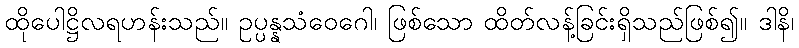
ထိုပေါဋ္ဌိလရဟန်းသည်။ ဥပ္ပန္နသံဝေဂေါ၊ ဖြစ်သော ထိတ်လန့်ခြင်းရှိသည်ဖြစ်၍။ ဒါနိ၊